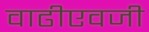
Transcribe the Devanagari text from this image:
वाढीएवजी